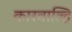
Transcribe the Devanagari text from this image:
कारवाल्हि